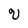
Character: V